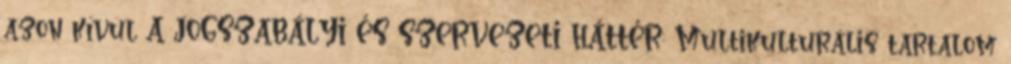
azon kívül A JOGSZABÁLYI ÉS SZERVEZETI HÁTTÉR: Multikulturális tartalom